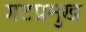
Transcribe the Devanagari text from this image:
गटप्रमुख